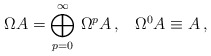
\begin{align*}\Omega A = \bigoplus^\infty_{p = 0} \,\Omega^p A \, , \, \, \, \, \, \Omega^0 A \equiv A \, ,\end{align*}